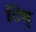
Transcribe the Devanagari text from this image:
टिम्‌